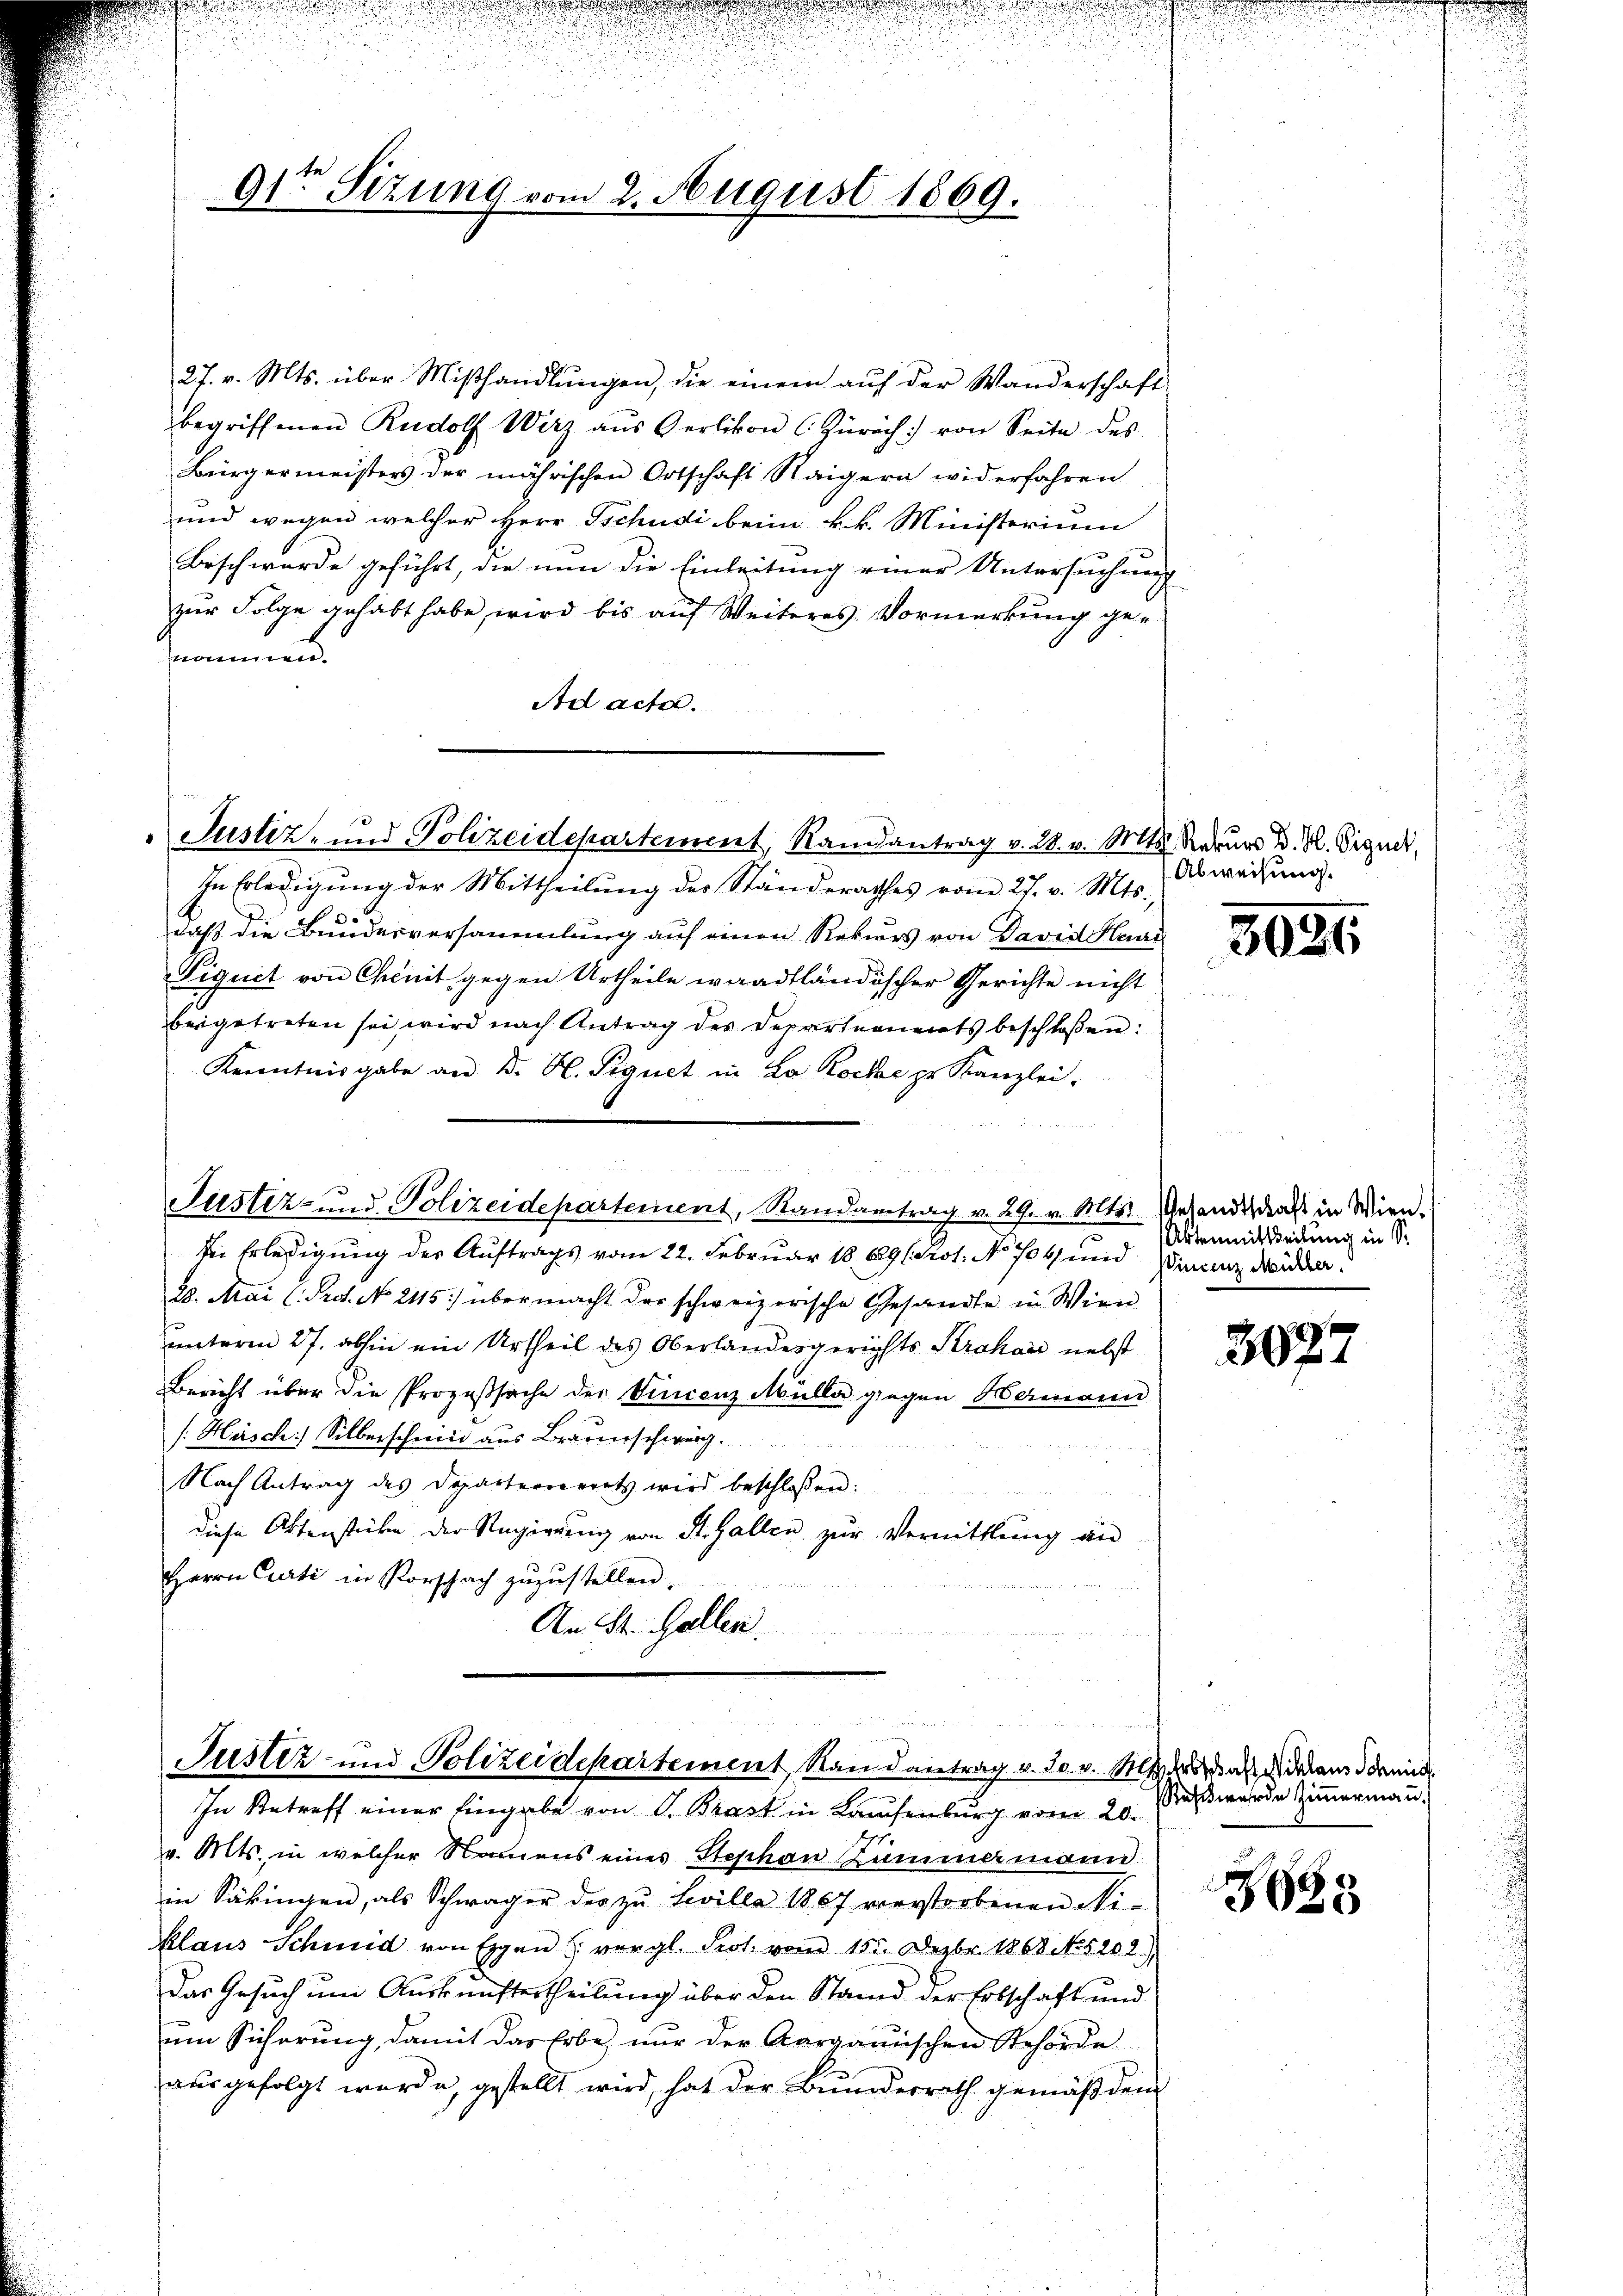
9sten Sizung vom 2. August 1869.

27. v. Mts. über Miβhandlungen, die einem auf der Wanderschaft
begriffenen Rudolf Wirz aŭs Oerlikon (Zürich) von Seite des
Bürgermeisters der mährischen Ortschaft Raigern widerfahren
und wegen welcher Herr Tschudi beim k. k. Ministerium
Bisch wurde geführt, die nun die Einleitung einer Untersuchung
zur Folge gehabt habe, wird bis auf Weiteres Vormerkung genommen.
Ad acta.

Justiz- und Polizeidepartement, Randantrag v. 28. v. Mts. Rekurs d. M. Siguck.

In Erledigung der Mittheilung des Standerathes vom 27. v. Mts.,
daß die Bundesversammlung auf einen Rekurs von David Herr
Piguit von Chinit gegen Urtheile waadtländischer Gerichte nicht
beigetreten sei, wird nach Antrag des Departements beschloßen:
Kenntnisgabe an D. B. Signet in L. Koche pr. Kanzlei.
Die Erledigung des Auftrags vom 22. Februar 1869 (: Prot. No. 704 und Vincenz Wider.
28. Arai (Prot. No. 2115) übermacht der schweizerische Gesandte in Wien
unterm 27. abhin ein Urtheil des Oberlandesgerichts Strohar nebst
Bericht über die Prozeßsache der Vincenz Mülle gingen Hermann
/Häsch) Silberschmid aus Braunschwurg
Nach Antrag des Departernerrats wird beschlossen:
diese Aktenstücke der Regierung von St. Gallen zur Vermittlung an
Herrn Curti in Vorschach zuzustellen.
An St. Galler.

Abweisung.

3024

Justiz- und Polizeidepartement, Randantrag v. 29. v. Mts. Gesandtsdaß in Wien.

Aktenmittheilung in Sr.

3027

Justiz- und Polizeidepartement, Randantrag v. Js. v. Mit des das daraus damit
In Betreff einer Eingabe von G. Brast in Laufenburg vom 20.

eß wurde Zimmermann.

v. Mts. in welcher Namens eines Stephan Zimmermann
in Säkingen, als Schwäger der zu Levilla 1867 verstorbenen Niklaus Schmid von Eigen u. vergl. Prot. vom 15t. Dezbr. 1868 No. 5202)
Das Gesuch um Auskunftertheilung über den Stand der Erbschaft und
ŭm Sicherŭng, damit das Erbe, nur der Aargauischen Behörde
ausgefolgt wurde, gestellt wird, hat der Bundesrath gemäß den

3688